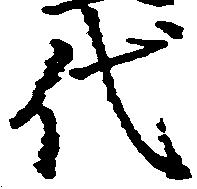
代